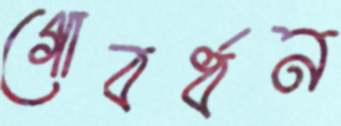
গোবর্ধন